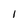
Character: l